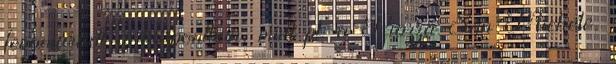
fennmaradt a központban, mint pl. a Piazza San Michele,